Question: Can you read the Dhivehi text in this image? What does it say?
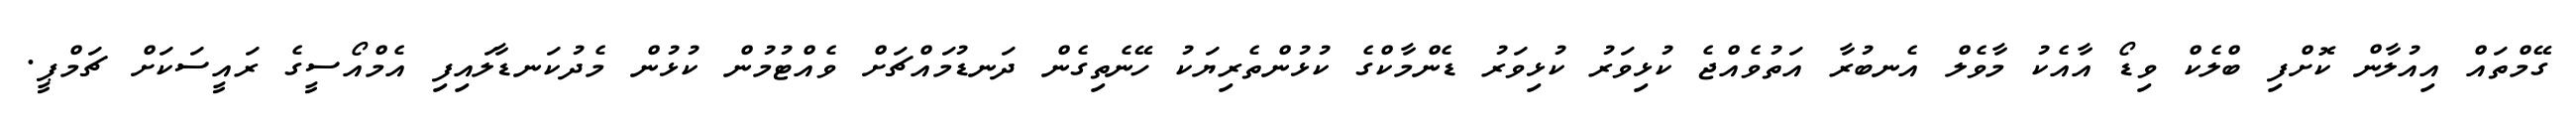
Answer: ގޭމްތައް އިއުލާން ކޮށްފި ބްލެކް ވިޑޯ އާއެކު މާވެލް އެނބުރާ އަތުވެއްޖެ ކުޅިވަރު ކުޅިވަރު ޑެންމާކްގެ ކުޅުންތެރިޔަކު ހޭނެތިގެން ދަނޑުމައްޗަށް ވެއްޓުމުން ކުޅުން މެދުކަނޑާލައިފި އެމްއޯސީގެ ރައީސަކަށް ޗަމްޕީ.